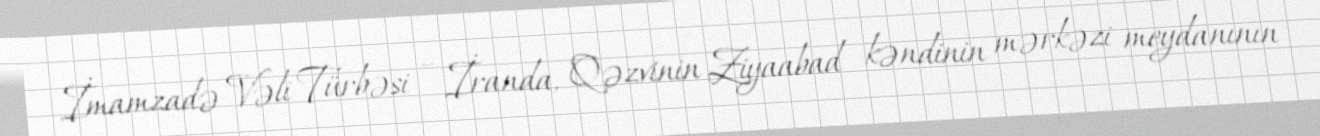
İmamzadə Vəli Türbəsi – İranda, Qəzvinin Ziyaabad kəndinin mərkəzi meydanının